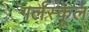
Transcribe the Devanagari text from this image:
गर्लस्कूल